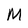
Character: N